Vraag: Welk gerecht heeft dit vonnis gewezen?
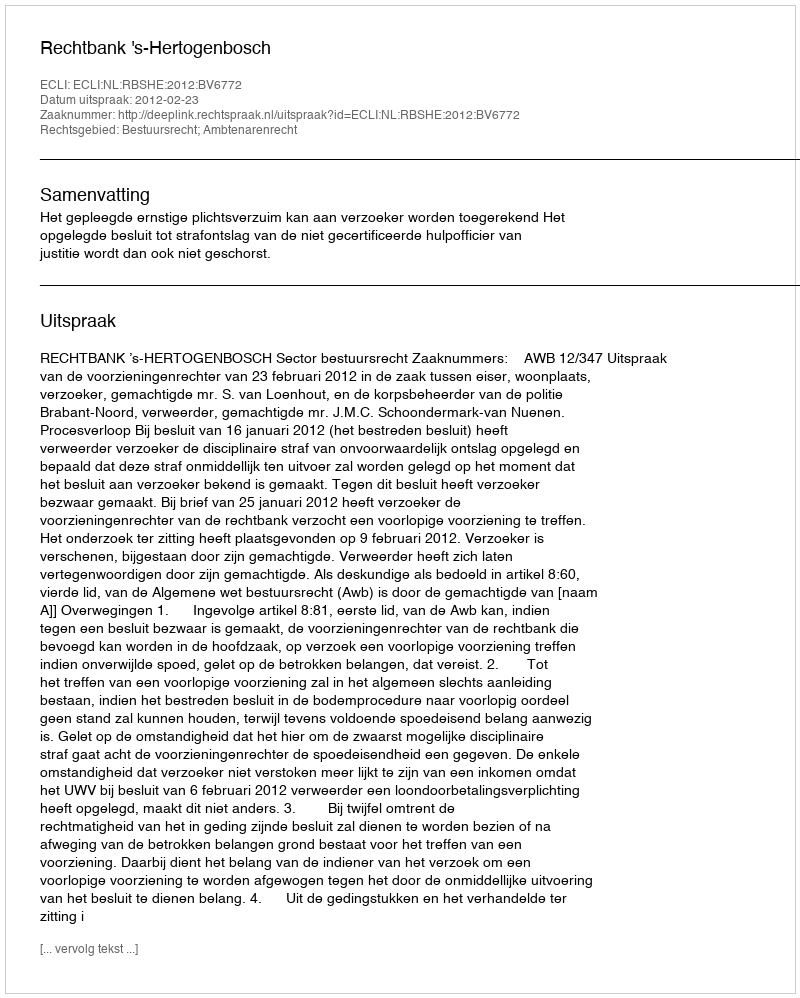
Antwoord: Rechtbank 's-Hertogenbosch